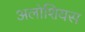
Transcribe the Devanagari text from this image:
अलोशियस